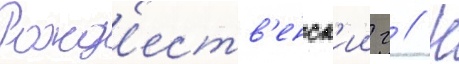
Рожд'еств'енск'ии г // Н